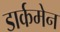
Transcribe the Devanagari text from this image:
डार्कमेन